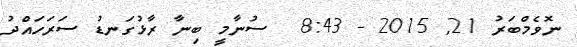
ނޮވެމްބަރު 21